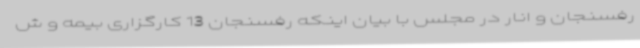
رفسنجان و انار در مجلس با بیان اینکه رفسنجان 13 کارگزاری بیمه و ش